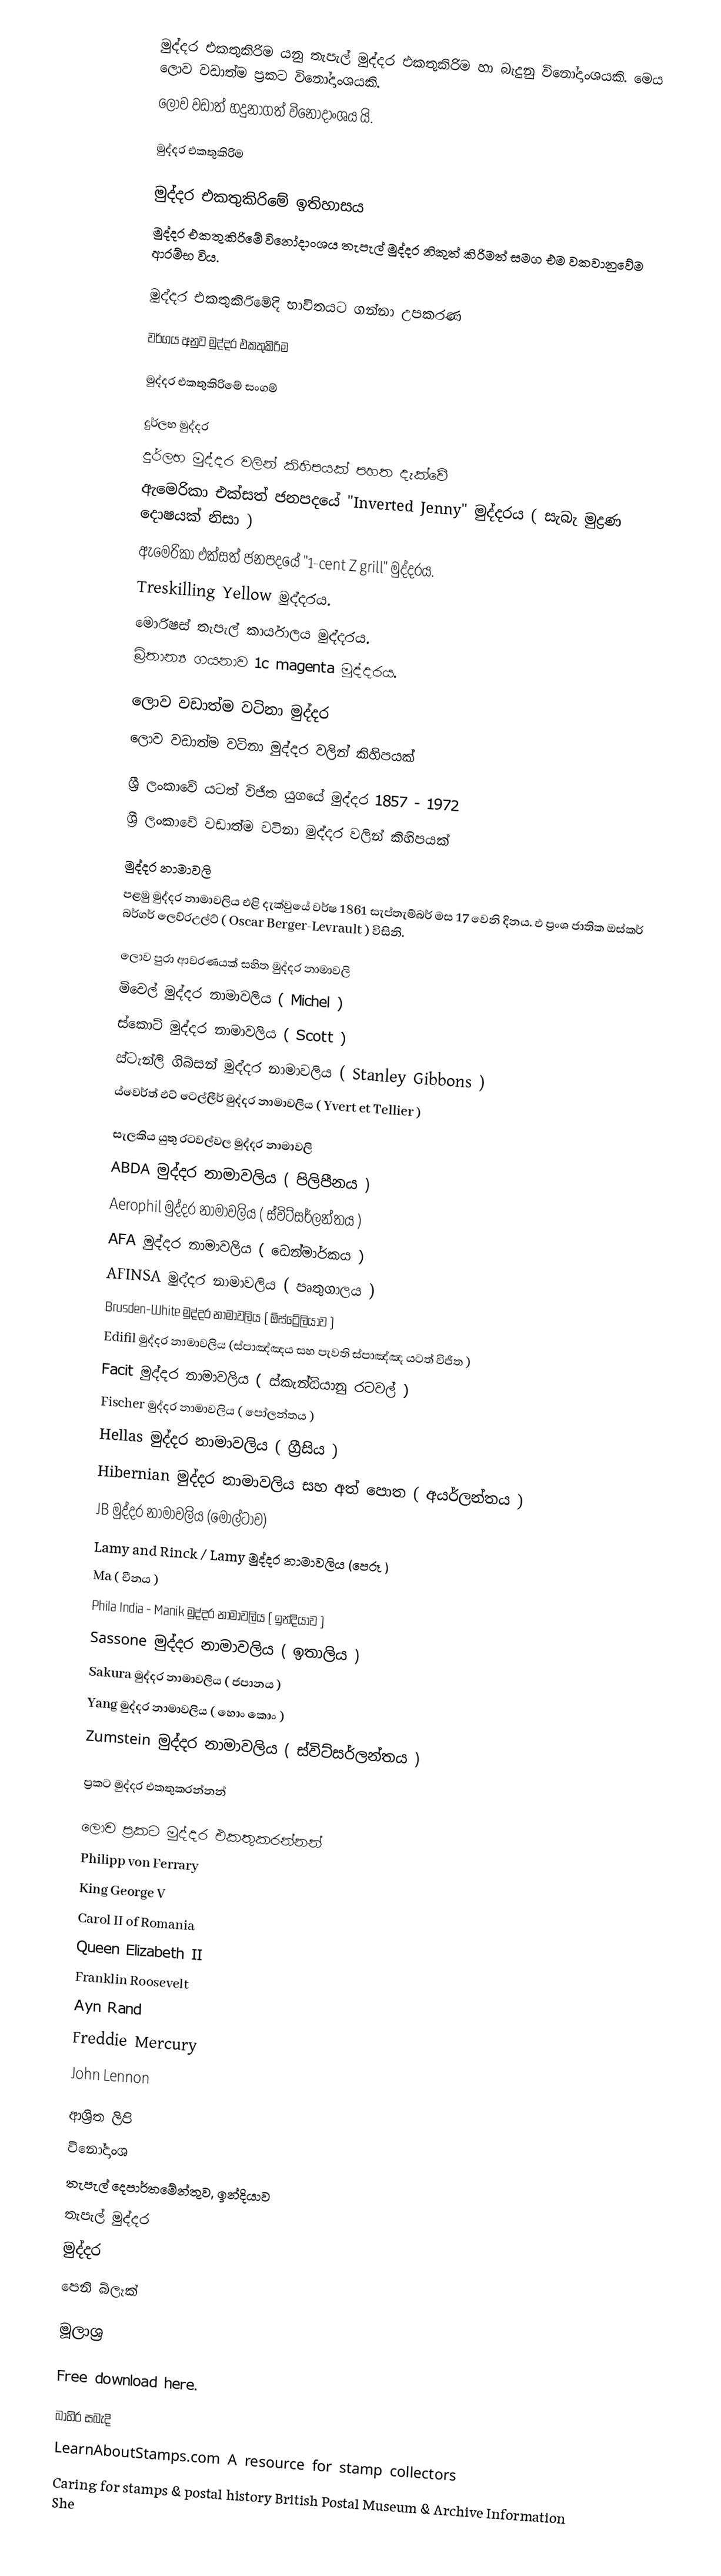
මුද්දර එකතුකිරිම යනු තැපැල් මුද්දර එකතුකිරිම හා බැදුනු විනෝදාංශයකි. මෙය ලොව වඩාත්ම ප්‍රකට විනෝදාංශයකි.
ලොව වඩාත් හදුනාගත් විනෝදාංශය යි.

මුද්දර එකතුකිරිම

මුද්දර එකතුකිරිමේ ඉතිහාසය
මුද්දර එකතුකිරිමේ විනෝදාංශය තැපැල් මුද්දර නිකුත් කිරිමත් සමග එම වකවානුවේම ආරම්භ විය.

මුද්දර එකතුකිරිමේදි භාවිතයට ගන්නා උපකරණ

වර්ගය අනුව මුද්දර එකතුකිරිම

මුද්දර එකතුකිරිමේ සංගම්

දුර්ලභ මුද්දර
දුර්ලභ මුද්දර වලින් කිහිපයක් පහත දැක්වේ
ඇමෙරිකා එක්සත් ජනපදයේ  "Inverted Jenny" මුද්දරය ( සැබැ මුද්‍රණ දොෂයක් නිසා )
ඇමෙරිකා එක්සත් ජනපදයේ "1-cent Z grill" මුද්දරය.
Treskilling Yellow මුද්දරය.
මොරිෂස් තැපැල් කාර්යාලය මුද්දරය.
බ්‍රිතාන්‍ය ගයනාව 1c magenta මුද්දරය.

ලොව වඩාත්ම වටිනා මුද්දර
ලොව වඩාත්ම වටිනා මුද්දර වලින් කිහිපයක්

ශ්‍රී ලංකාවේ යටත් විජිත යුගයේ මුද්දර 1857 - 1972
ශ්‍රී ලංකාවේ වඩාත්ම වටිනා මුද්දර වලින් කිහිපයක්

මුද්දර නාමාවලි
පළමු මුද්දර නාමාවලිය එළි දැක්වුයේ වර්ෂ 1861 සැප්තැම්බර් මස 17 වෙනි දිනය. එ ප්‍රංශ ජාතික ඔස්කර් බර්ගර් ලෙව්රඋල්ට් ( Oscar Berger-Levrault ) විසිනි.

ලොව පුරා ආවරණයක් සහිත මුද්දර නාමාවලි
මිචෙල් මුද්දර නාමාවලිය ( Michel )
ස්කොට් මුද්දර නාමාවලිය ( Scott )
ස්ටැන්ලි ගිබ්සන් මුද්දර නාමාවලිය ( Stanley Gibbons )
ය්වෙර්ත් එට් ටෙල්ලීර් මුද්දර නාමාවලිය ( Yvert et Tellier )

සැලකිය යුතු රටවල්වල මුද්දර නාමාවලි
ABDA මුද්දර නාමාවලිය ( පිලිපීනය )
Aerophil මුද්දර නාමාවලිය ( ස්විට්සර්ලන්තය )
AFA මුද්දර නාමාවලිය ( ඩෙන්මාර්කය )
AFINSA මුද්දර නාමාවලිය ( පෘතුගාලය )
Brusden-White මුද්දර නාමාවලිය ( ඕස්ට්‍රේලියාව )
Edifil මුද්දර නාමාවලිය (ස්පාඤ්ඤය සහ පැවති ස්පාඤ්ඤ යටත් විජිත )
Facit මුද්දර නාමාවලිය ( ස්කැන්ඩියානු රටවල් )
Fischer මුද්දර නාමාවලිය ( පෝලන්තය )
Hellas මුද්දර නාමාවලිය ( ග්‍රීසිය )
Hibernian මුද්දර නාමාවලිය සහ අත් පොත ( අයර්ලන්තය )
JB මුද්දර නාමාවලිය (මෝල්ටාව)
Lamy and Rinck / Lamy මුද්දර නාමාවලිය (පෙරූ )
Ma ( චීනය )
Phila India - Manik මුද්දර නාමාවලිය ( ඉන්දියාව )
Sassone මුද්දර නාමාවලිය ( ඉතාලිය )
Sakura මුද්දර නාමාවලිය ( ජපානය )
Yang මුද්දර නාමාවලිය ( හොං කොං )
Zumstein මුද්දර නාමාවලිය ( ස්විට්සර්ලන්තය )

ප්‍රකට මුද්දර එකතුකරන්නන්

ලොව ප්‍රකට මුද්දර එකතුකරන්නන්
Philipp von Ferrary
King George V
Carol II of Romania
Queen Elizabeth II
Franklin Roosevelt
Ayn Rand
Freddie Mercury
John Lennon

ආශ්‍රිත ලිපි
විනෝදාංශ
තැපැල් දෙපාර්තමේන්තුව, ඉන්දියාව
තැපැල් මුද්දර
මුද්දර
පෙනි බ්ලැක්

මූලාශ්‍ර

  Free download here.

බාහිර සබැදි
LearnAboutStamps.com A resource for stamp collectors
Caring for stamps & postal history British Postal Museum & Archive Information She